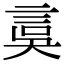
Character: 𧦂